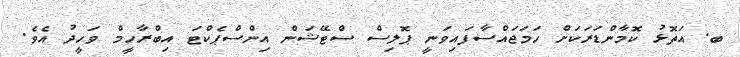
ބ. އަތޮޅު ކޮމާންޑަރަކަށް ހަމަޖައްސާފައިވަނީ ޕޮލިސް ސްޓޭޝަން އިންސްޕެކްޓަ އިބްރާހީމް ވަހީދު އެވެ.